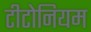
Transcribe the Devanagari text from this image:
टीटोनियम